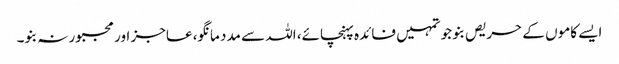
ایسے کاموں کے حریص بنو جو تمہیں فائدہ پہنچائے، اللہ سے مدد مانگو، عاجز اور مجبور نہ بنو۔